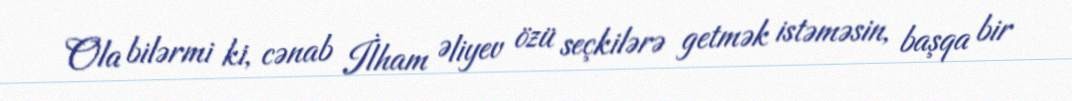
Ola bilərmi ki, cənab İlham Əliyev özü seçkilərə getmək istəməsin, başqa bir